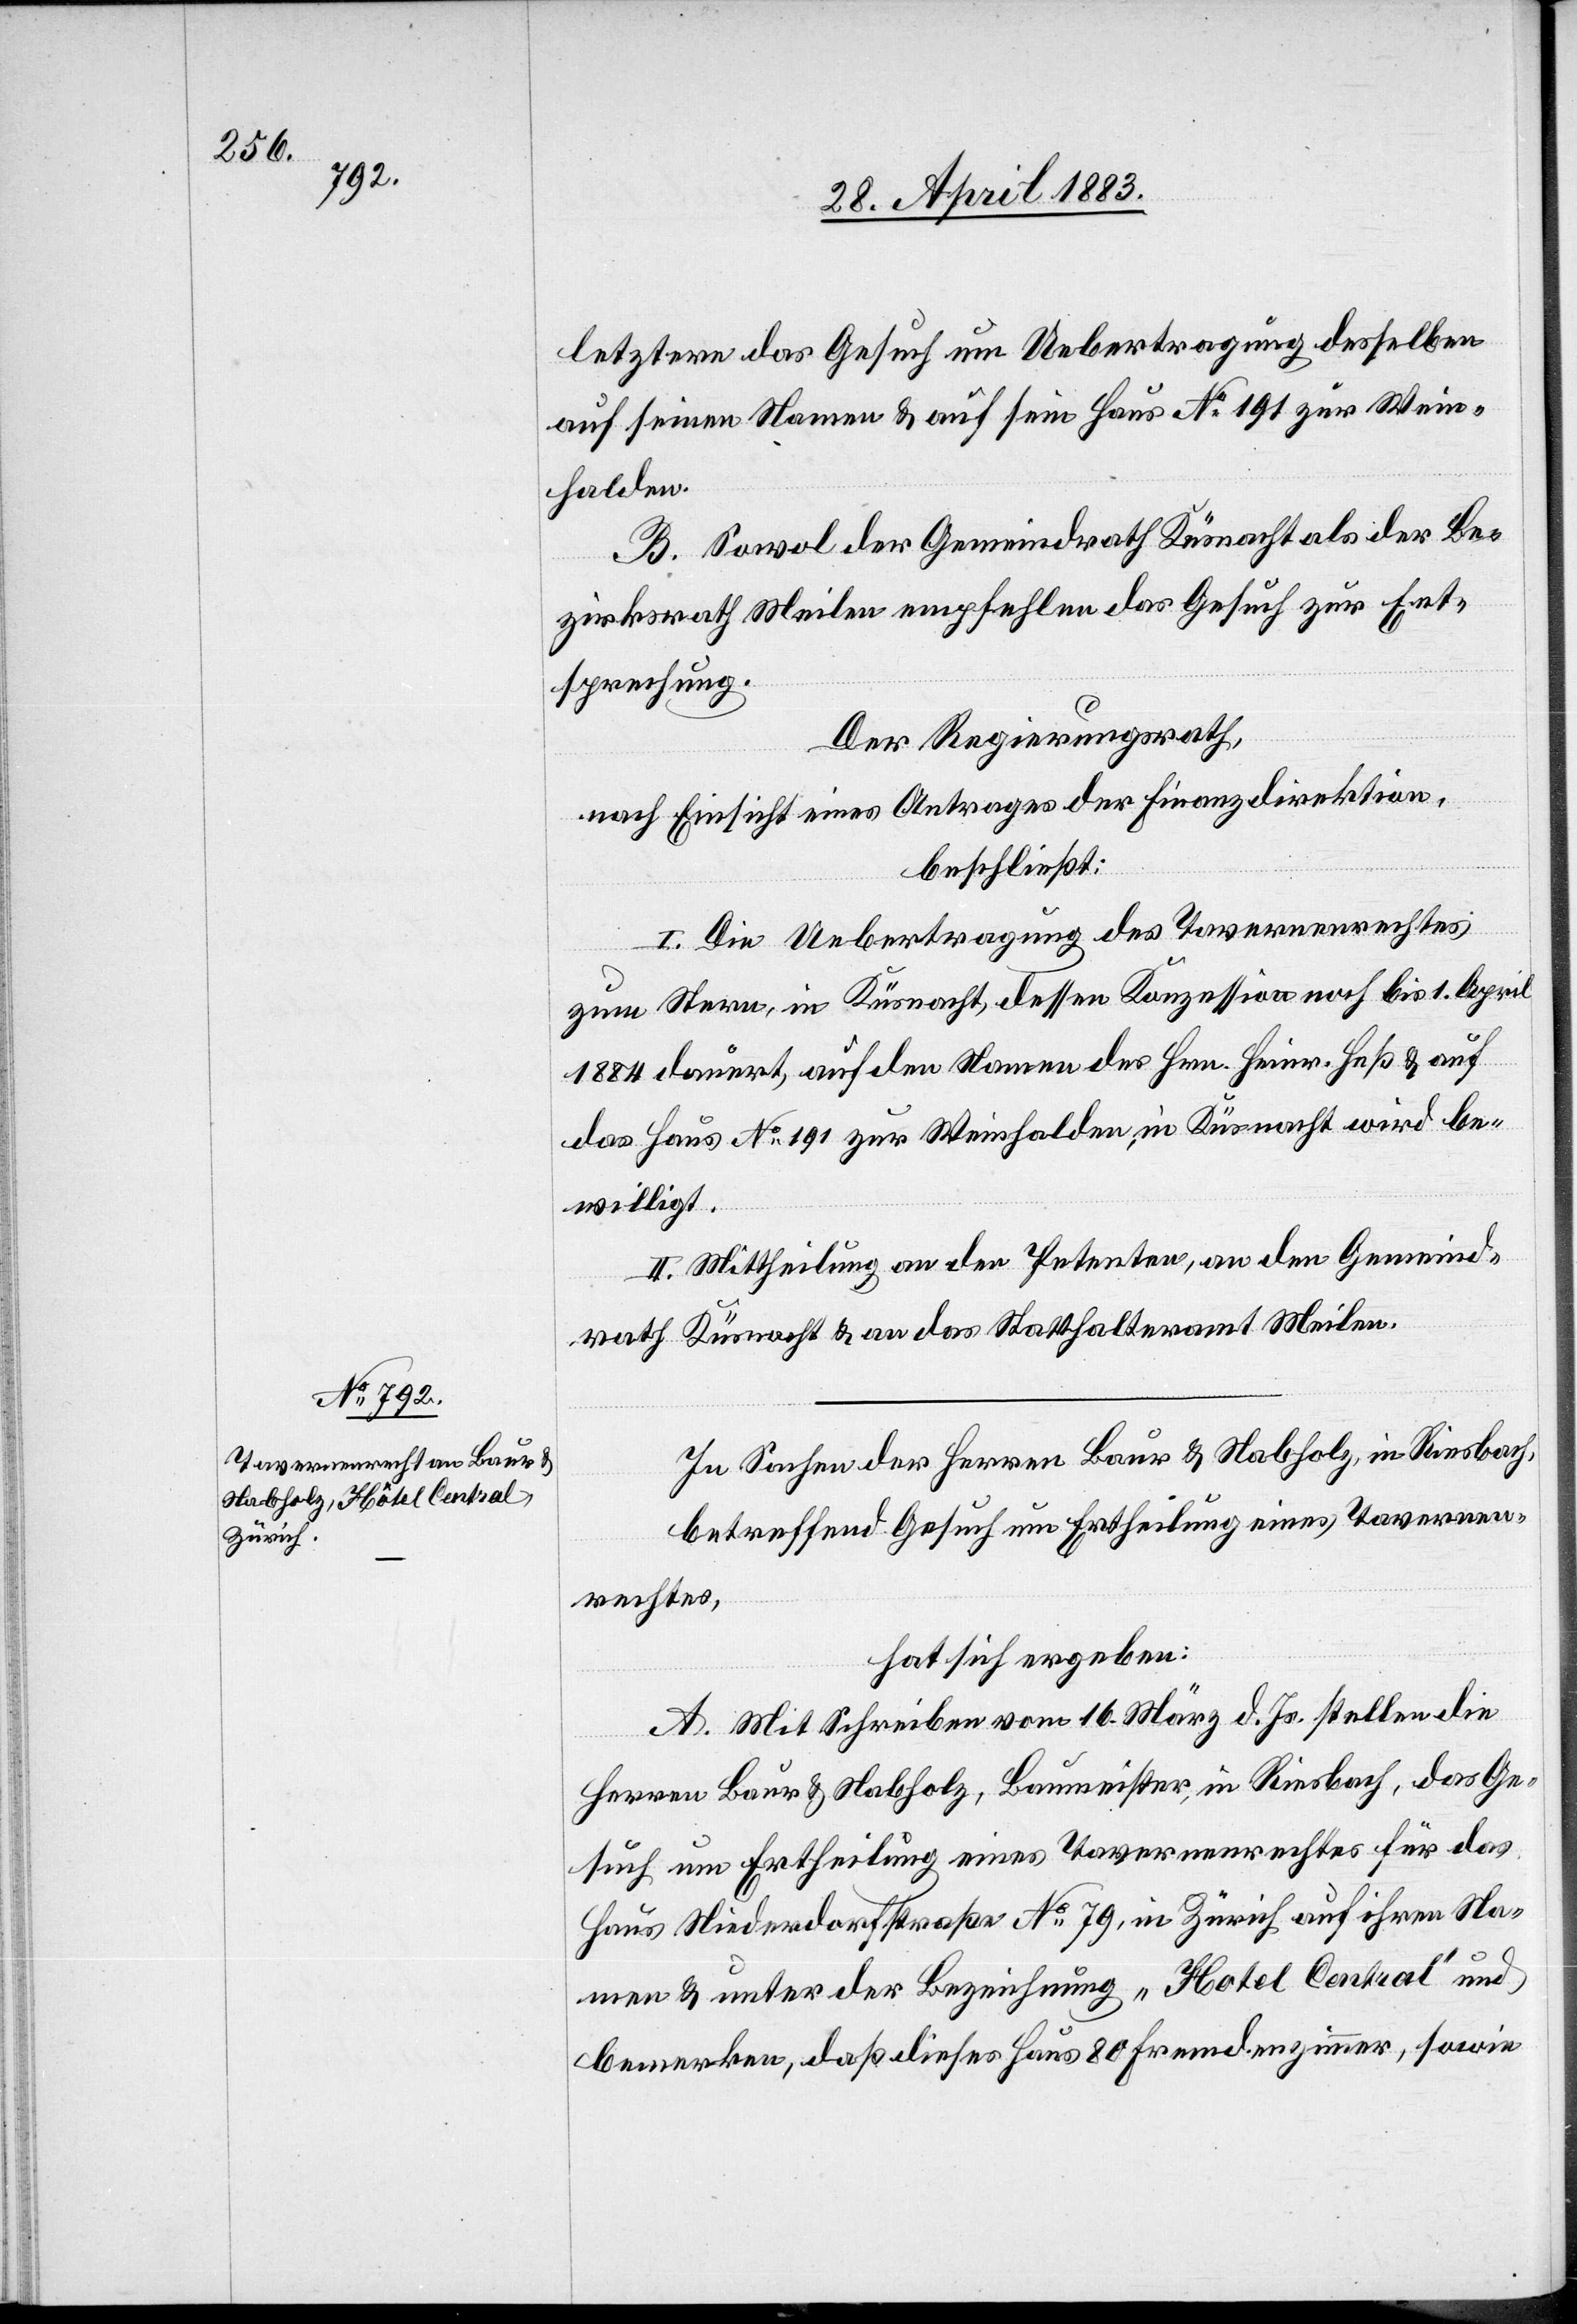
letztere das Gesuch um Uebertragung desselben
auf seinen Namen & auf sein Haus No 191 zur Wein¬
halden.
B. Sowol der Gemeindrath Küsnacht als der Be¬
zirksrath Meilen empfehlen das Gesuch zur Ent¬
sprechung.
Der Regierungsrath,
nach Einsicht eines Antrages der Finanzdirektion,
beschließt:
I. Die Uebertragung des Tavernenrechtes
zum Stern, in Küsnacht, dessen Konzession noch bis 1. April
1884 dauert, auf den Namen des Hrn. Heinr. Heß & auf
das Haus No 191 zur Weinhalden, in Küsnacht wird be¬
willigt.
II. Mittheilung an den Petenten, an den Gemeind¬
rath Küsnacht & an das Statthalteramt Meilen.
In Sachen der Herren Baur & Nabholz, in Riesbach,
betreffend Gesuch um Ertheilung eines Tavernen¬
rechtes,
hat sich ergeben:
A. Mit Schreiben vom 16. März d. Js. stellen die
Herren Baur & Nabholz, Baumeister, in Riesbach, das Ge¬
such um Ertheilung eines Tavernenrechtes für das
Haus Niederdorfstraße No 79, in Zürich auf ihre Na¬
men & unter der Bezeichnung „Hotel Central“ und
bemerken, daß dieses Haus 80 Fremdenzimmer, sowie